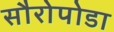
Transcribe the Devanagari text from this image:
सौरोपोडा